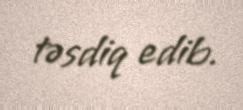
təsdiq edib.